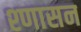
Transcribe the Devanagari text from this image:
श्णासन